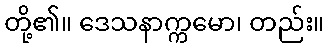
တို့၏။ ဒေသနာက္ကမော၊ တည်း။